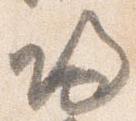
帰